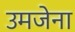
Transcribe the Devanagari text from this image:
उमजेना